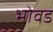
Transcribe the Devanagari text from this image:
भोवड